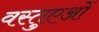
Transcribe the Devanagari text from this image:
वस्तुएओं